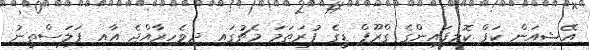
އޭޝިއަން ކަޕް ކޮލިފައިންގެ ގްރޫޕް ޑީގެ ފުރަތަމަ މެޗުގައި ދިވެހިރާއްޖެ އާއި ފަލަސްތީނު